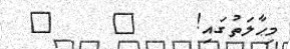
މިޙާލަތުގައި!    ?    ?